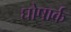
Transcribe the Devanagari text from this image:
घोषार्क